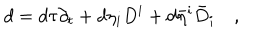
d = d \tau \partial _ { t } + d \eta _ { i } D ^ { i } + d \bar { \eta } ^ { i } \bar { D } _ { i } \quad ,